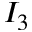
I _ { 3 }